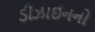
ડીઝાઈનનો